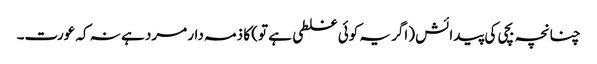
چنانچہ بچی کی پیدائش (اگر یہ کوئی غلطی ہے تو) کا ذمہ دار مرد ہے نہ کہ عورت۔